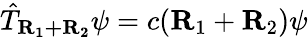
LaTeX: {\hat{T}}_{\mathbf{R_{1}+R_{2}}}\psi=c(\mathbf{R}_{1}+\mathbf{R}_{2})\psi